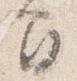
間